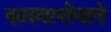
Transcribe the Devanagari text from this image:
कास्यानोव्हने